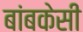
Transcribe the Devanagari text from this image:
बांबकेसी